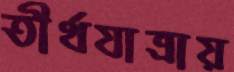
তীর্থযাত্রায়